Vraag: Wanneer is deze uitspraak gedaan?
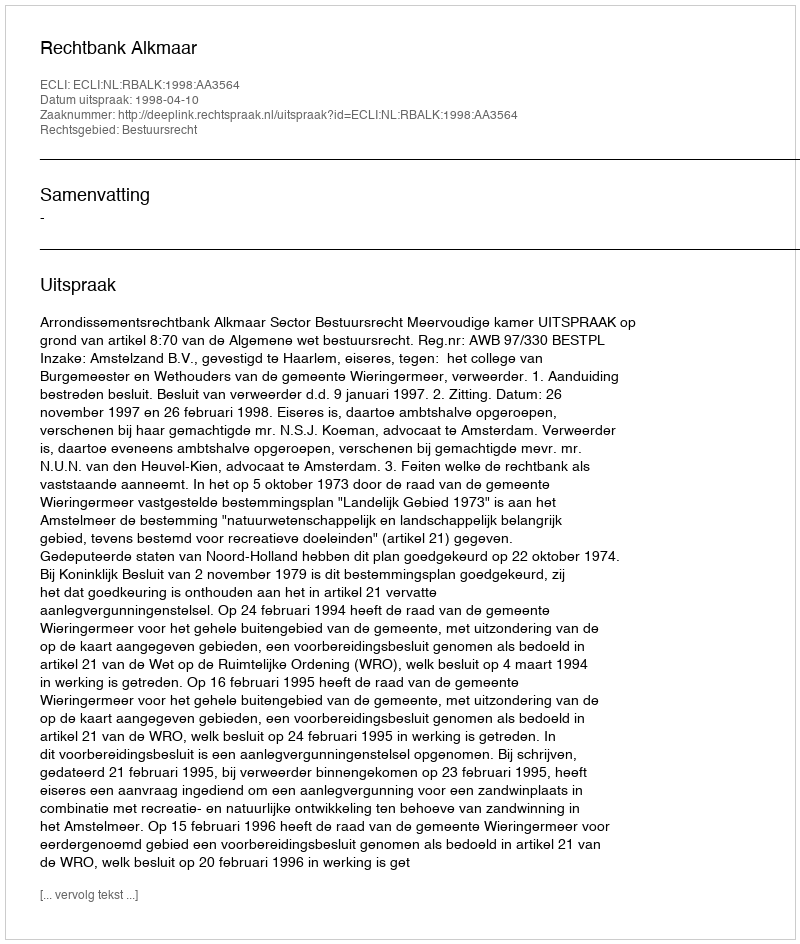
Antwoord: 1998-04-10